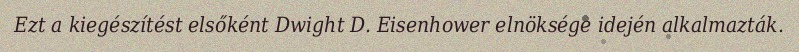
Ezt a kiegészítést elsőként Dwight D. Eisenhower elnöksége idején alkalmazták.